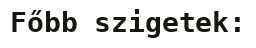
Főbb szigetek: